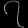
Digit: ၇